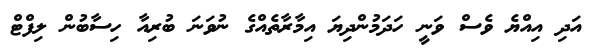
އަދި އިއްޔެ ވެސް ވަނީ ހަދަމުންދިޔަ އިމާރާތެއްގެ ނުވަނަ ބުރިއާ ހިސާބުން ލިފްޓް